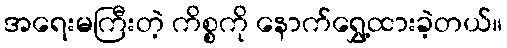
အရေးမကြီးတဲ့ ကိစ္စကို နောက်ရွှေ့ထားခဲ့တယ်။